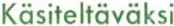
Käsiteltävaksi